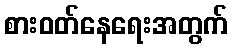
စားဝတ်နေရေးအတွက်